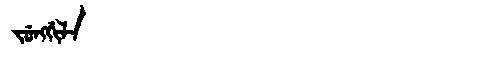
Manchu: ᠵᡠᠩᡤᡳᠯᠠ
Romanization: JUNGGILA